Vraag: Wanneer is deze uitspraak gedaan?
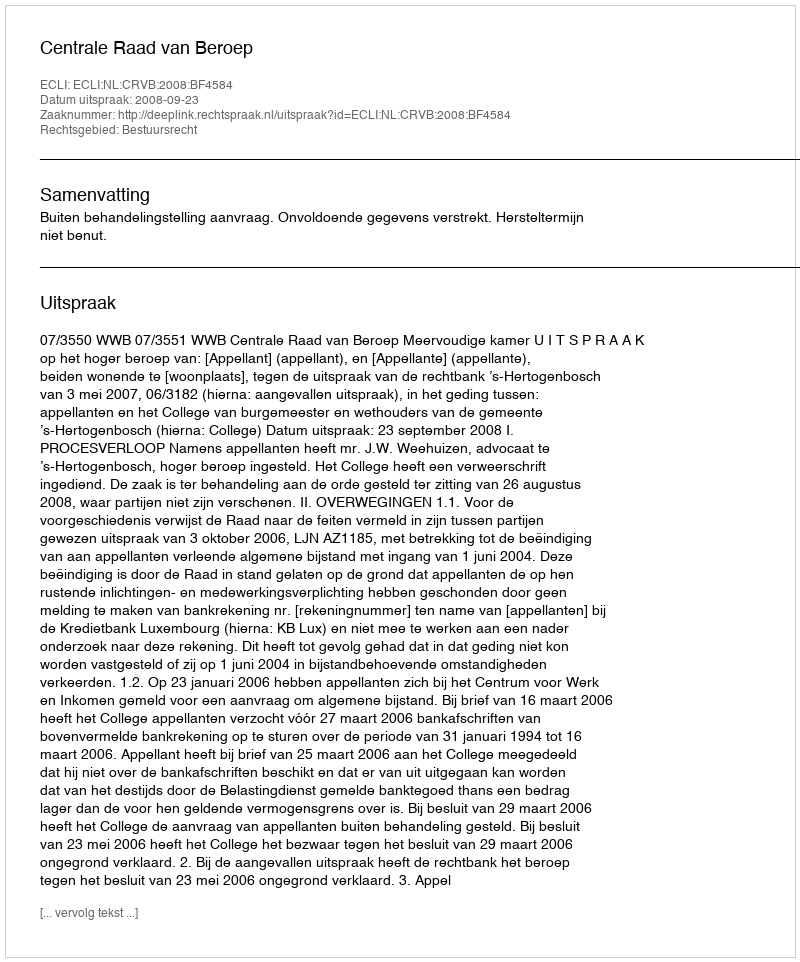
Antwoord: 2008-09-23